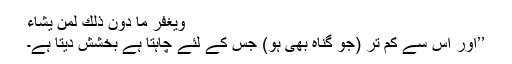
وَيَغْفِرُ مَا دُونَ ذَلِكَ لِمَن يَشَاءُ
’’اور اس سے کم تر (جو گناہ بھی ہو) جس کے لئے چاہتا ہے بخشش دیتا ہے۔